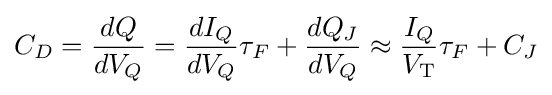
C_{D}={\frac {dQ}{dV_{Q}}}={\frac {dI_{Q}}{dV_{Q}}}\tau _{F}+{\frac {dQ_{J}}{dV_{Q}}}\approx {\frac {I_{Q}}{V_{\text{T}}}}\tau _{F}+C_{J}